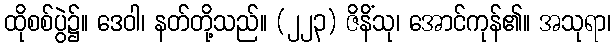
ထိုစစ်ပွဲ၌။ ဒေဝါ၊ နတ်တို့သည်။ (၂၂၃) ဇိနိံသု၊ အောင်ကုန်၏။ အသုရာ၊